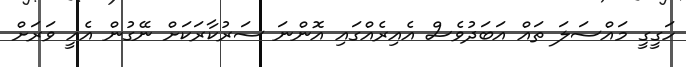
ހަގީގީ މައްސަލަ ތައް އަބަދުވެސް އެއިރެއްގައި އޮންނަ ސަރުކާރަކަށް ނޭގުން އެއީ ވަރަށް